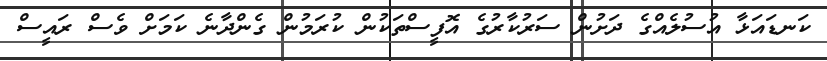
ކަނޑައަޅާ އުސުލެއްގެ ދަށުން ސަރުކާރުގެ އޮފީސްތަކުން ކުރަމުން ގެންދާނެ ކަމަށް ވެސް ރައީސް